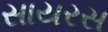
સાયરસ